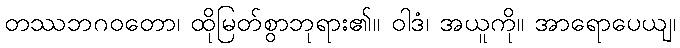
တဿဘဂဝတော၊ ထိုမြတ်စွာဘုရား၏။ ဝါဒံ၊ အယူကို။ အာရောပေယျ၊